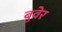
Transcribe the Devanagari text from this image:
बुवेर